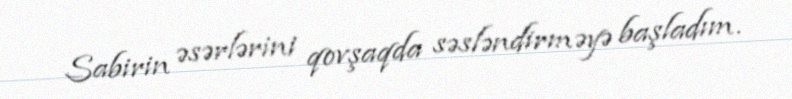
Sabirin əsərlərini qovşaqda səsləndirməyə başladım.